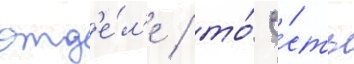
отд'е́л'е / то́ е́сть